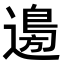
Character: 𮞽